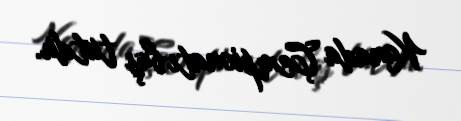
Kanada Çempionatı baş tutdu.